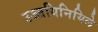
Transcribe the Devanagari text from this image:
उज्जयिनियिले